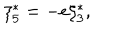
LaTeX: \xi _ { 5 } ^ { \ast } = - e \xi _ { 3 } ^ { \ast } ,